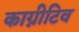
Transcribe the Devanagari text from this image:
काग्नीटिव